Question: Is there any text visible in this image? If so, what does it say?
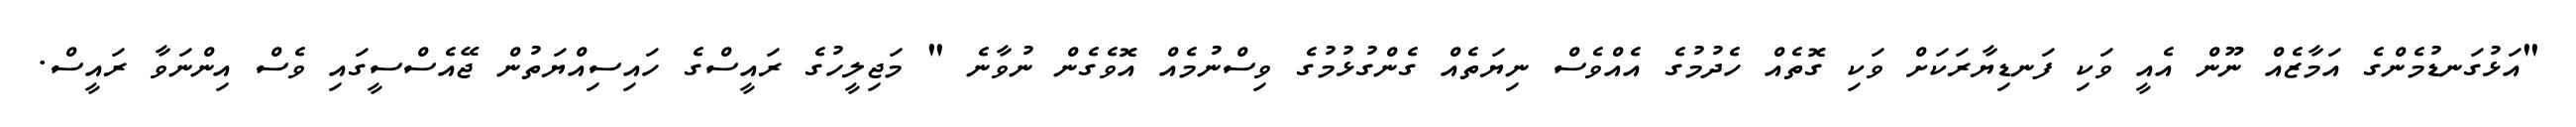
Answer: "އަޅުގަނޑުމެންގެ އަމާޒެއް ނޫން އެއީ ވަކި ފަނޑިޔާރަކަށް ވަކި ގޮތެއް ހެދުމުގެ އެއްވެސް ނިޔަތެއް ގެންގުޅުމުގެ ވިސްނުމެއް އޮވެގެން ނުވާނެ " މަޖިލީހުގެ ރައީސްގެ ހައިސިއްޔަތުން ޖޭއެސްސީގައި ވެސް އިންނަވާ ރައީސް.